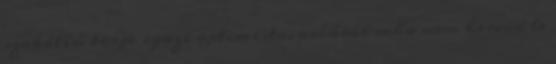
szakállú törpe igazi optimista, arcáról soha nem hervad le